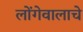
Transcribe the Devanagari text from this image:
लोंगेवालाचे